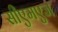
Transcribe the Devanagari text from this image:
सीएमएज